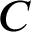
C